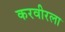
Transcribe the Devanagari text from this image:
करवीरला